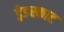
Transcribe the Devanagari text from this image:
ड्रेडस्काट